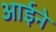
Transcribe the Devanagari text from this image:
आर्इने